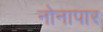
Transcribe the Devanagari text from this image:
नोनापार